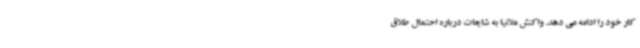
کار خود را ادامه می دهد. واکنش ملانیا به شایعات درباره احتمال طلاق